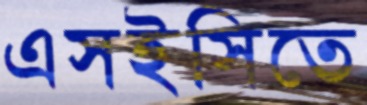
এসইসিতে